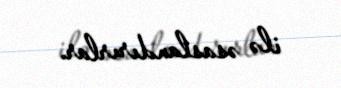
ilə əsaslandırırlar.